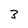
Character: 3